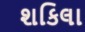
શકિલા